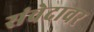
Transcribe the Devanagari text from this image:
संवेदावर